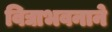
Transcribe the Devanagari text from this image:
विद्याभवनाने